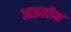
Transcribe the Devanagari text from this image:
आइलीन